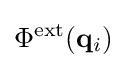
\Phi ^{\text{ext}}(\mathbf {q} _{i})